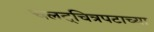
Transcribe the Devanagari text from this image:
चलत्‌चित्रपटाच्या